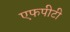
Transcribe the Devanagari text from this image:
एफपीटी